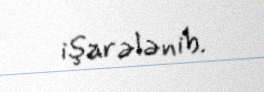
işarələnib.